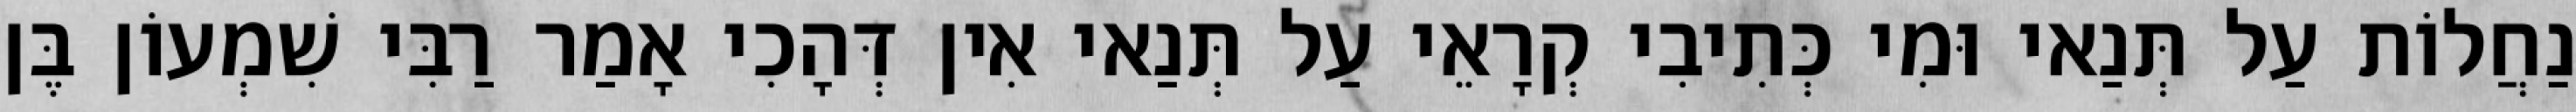
נַחֲלוֹת עַל תְּנַאי וּמִי כְּתִיבִי קְרָאֵי עַל תְּנַאי אִין דְּהָכִי אָמַר רַבִּי שִׁמְעוֹן בֶּן